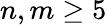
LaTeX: n,m\geq 5